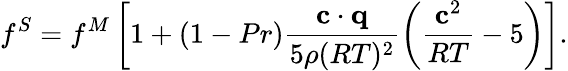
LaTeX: f^{S}=f^{M}\left[1+(1-Pr)\frac{\mathbf c\cdot\mathbf q}{5\rho(RT)^{2}}\left(\frac{\mathbf c^{2}}{RT}-5\right)\right].